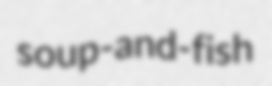
soup-and-fish